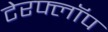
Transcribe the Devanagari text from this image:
टेरफ्लॉप